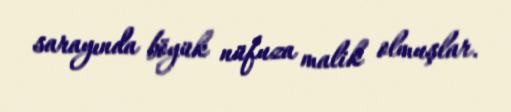
sarayında böyük nüfuza malik olmuşlar.